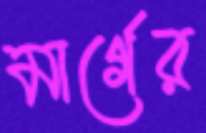
মার্গের